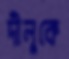
দীলুকে